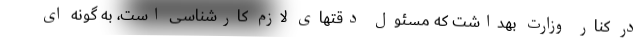
در کنار وزارت بهداشت که مسئول دقتهای لازم کارشناسی است، به گونه ای